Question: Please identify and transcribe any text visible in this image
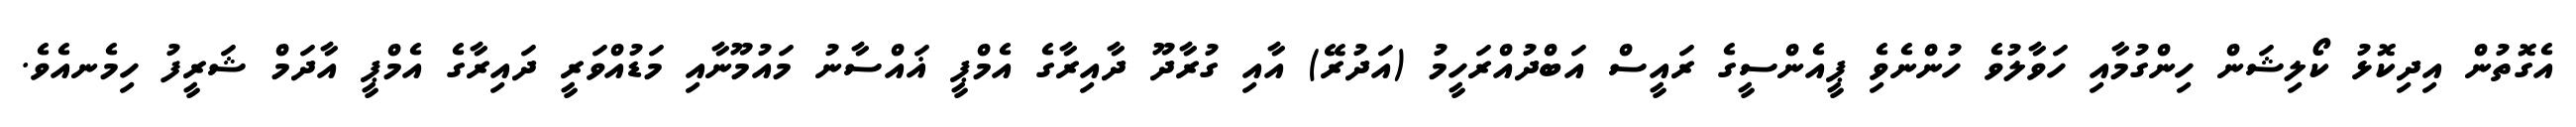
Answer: އެގޮތުން އިދިކޮޅު ކޯލިޝަން ހިންގުމާއި ހަވާލުވެ ހުންނެވެި ޕީއެންސީގެ ރައީސް އަބްދުއްރަހީމު (އަދުރޭ) އާއި ގުރާދޫ ދާއިރާގެ އެމްޕީ ޣައްސާނު މައުމޫނާއި މަޑުއްވަރީ ދައިރާގެ އެމްޕީ އާދަމް ޝަރީފު ހިމެނއެވެ.